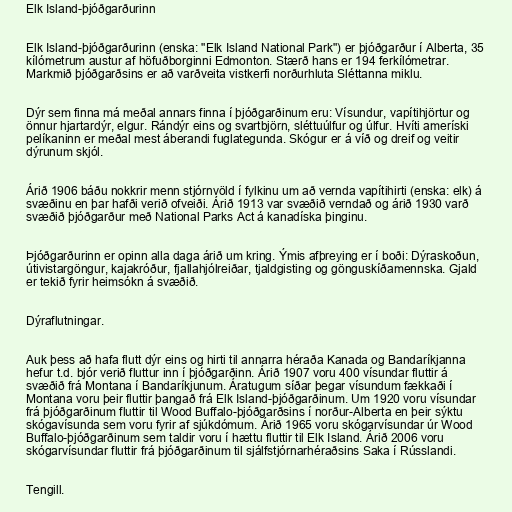
Elk Island-þjóðgarðurinn

Elk Island-þjóðgarðurinn (enska: "Elk Island National Park") er þjóðgarður í Alberta, 35
kílómetrum austur af höfuðborginni Edmonton. Stærð hans er 194 ferkílómetrar.
Markmið þjóðgarðsins er að varðveita vistkerfi norðurhluta Sléttanna miklu.

Dýr sem finna má meðal annars finna í þjóðgarðinum eru: Vísundur, vapítihjörtur og
önnur hjartardýr, elgur. Rándýr eins og svartbjörn, sléttuúlfur og úlfur. Hvíti ameríski
pelíkaninn er meðal mest áberandi fuglategunda. Skógur er á víð og dreif og veitir
dýrunum skjól.

Árið 1906 báðu nokkrir menn stjórnvöld í fylkinu um að vernda vapítihirti (enska: elk) á
svæðinu en þar hafði verið ofveiði. Árið 1913 var svæðið verndað og árið 1930 varð
svæðið þjóðgarður með National Parks Act á kanadíska þinginu.

Þjóðgarðurinn er opinn alla daga árið um kring. Ýmis afþreying er í boði: Dýraskoðun,
útivistargöngur, kajakróður, fjallahjólreiðar, tjaldgisting og gönguskíðamennska. Gjald
er tekið fyrir heimsókn á svæðið.

Dýraflutningar.

Auk þess að hafa flutt dýr eins og hirti til annarra héraða Kanada og Bandaríkjanna
hefur t.d. bjór verið fluttur inn í þjóðgarðinn. Árið 1907 voru 400 vísundar fluttir á
svæðið frá Montana í Bandaríkjunum. Áratugum síðar þegar vísundum fækkaði í
Montana voru þeir fluttir þangað frá Elk Island-þjóðgarðinum. Um 1920 voru vísundar
frá þjóðgarðinum fluttir til Wood Buffalo-þjóðgarðsins í norður-Alberta en þeir sýktu
skógavísunda sem voru fyrir af sjúkdómum. Árið 1965 voru skógarvísundar úr Wood
Buffalo-þjóðgarðinum sem taldir voru í hættu fluttir til Elk Island. Árið 2006 voru
skógarvísundar fluttir frá þjóðgarðinum til sjálfstjórnarhéraðsins Saka í Rússlandi.

Tengill.